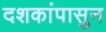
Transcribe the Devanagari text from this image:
दशकांपासुन